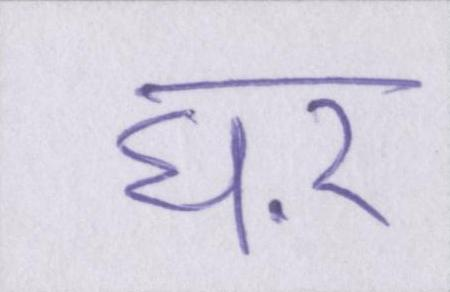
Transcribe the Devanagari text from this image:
घऱ